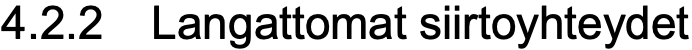
4.2.2 Langattomat siirtoyhteydet